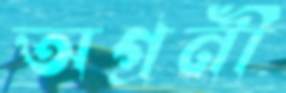
অগ্রনী